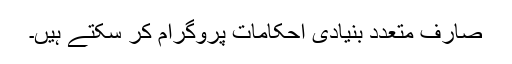
صارف متعدد بنیادی احکامات پروگرام کر سکتے ہیں۔